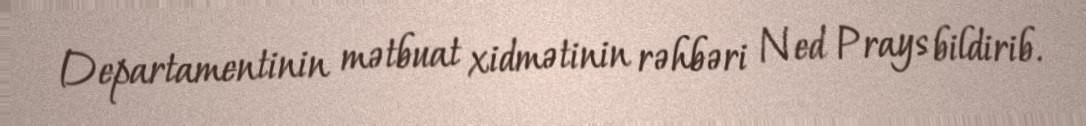
Departamentinin mətbuat xidmətinin rəhbəri Ned Prays bildirib.